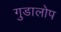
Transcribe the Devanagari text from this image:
गुडालोप